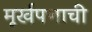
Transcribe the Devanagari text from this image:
मूर्खपणाची